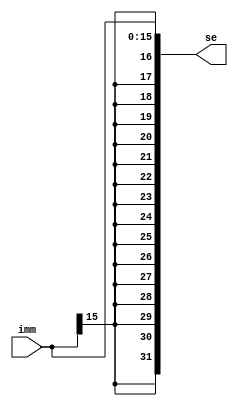
module signextend(
	output [31:0] se,
	input [15:0] imm
);

	assign se = {{16{imm[15]}}, imm};
endmodule